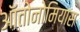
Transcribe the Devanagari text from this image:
ऑतोनोमियास